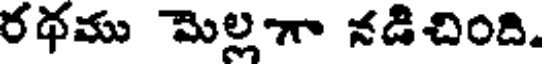
రథము మెల్లగా నడిచింది.